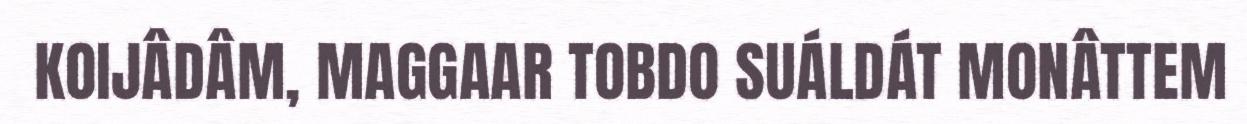
KOIJÂDÂM, MAGGAAR TOBDO SUÁLDÁT MONÂTTEM